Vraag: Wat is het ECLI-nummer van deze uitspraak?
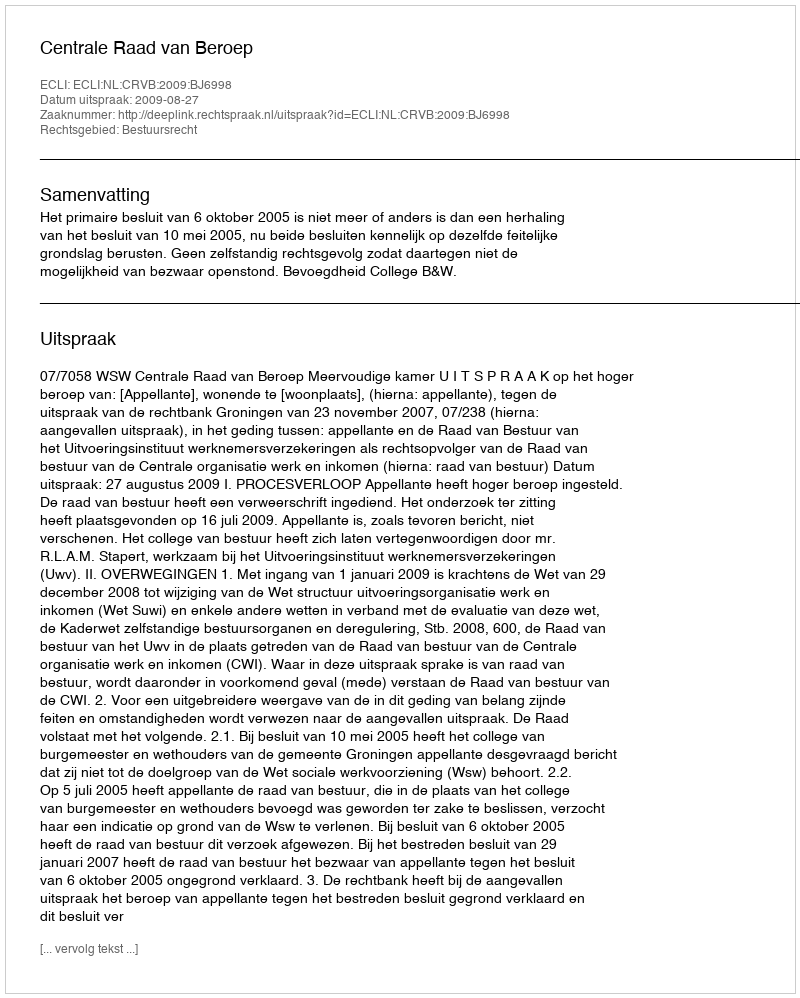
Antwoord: ECLI:NL:CRVB:2009:BJ6998